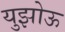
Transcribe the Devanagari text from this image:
युझोऊ